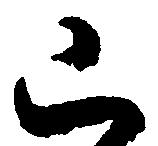
已